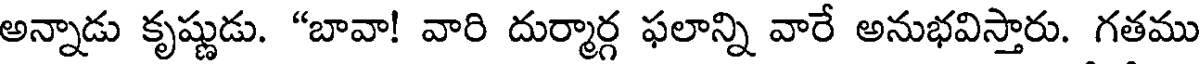
అన్నాడు కృష్ణుడు. "బావా! వారి దుర్మార్గ ఫలాన్ని వారే అనుభవిస్తారు. గతము